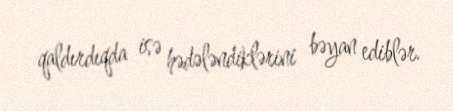
qaldırdıqda isə hədələndiklərini bəyan ediblər.